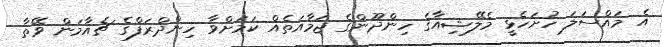
އެ މައްސަލަ ހުށަހެޅީ މެލޭޝިއާގެ ހިންދޫންގެ ޖަމާއަތެއް ކަމަށްވާ ހިންދްރަފްގެ ޗެއާމަން ވޭތާ